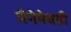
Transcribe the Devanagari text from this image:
मैनेयेवढी